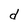
Character: d